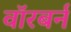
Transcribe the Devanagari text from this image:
वॉरबर्न